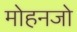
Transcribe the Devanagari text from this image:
मोहनजो